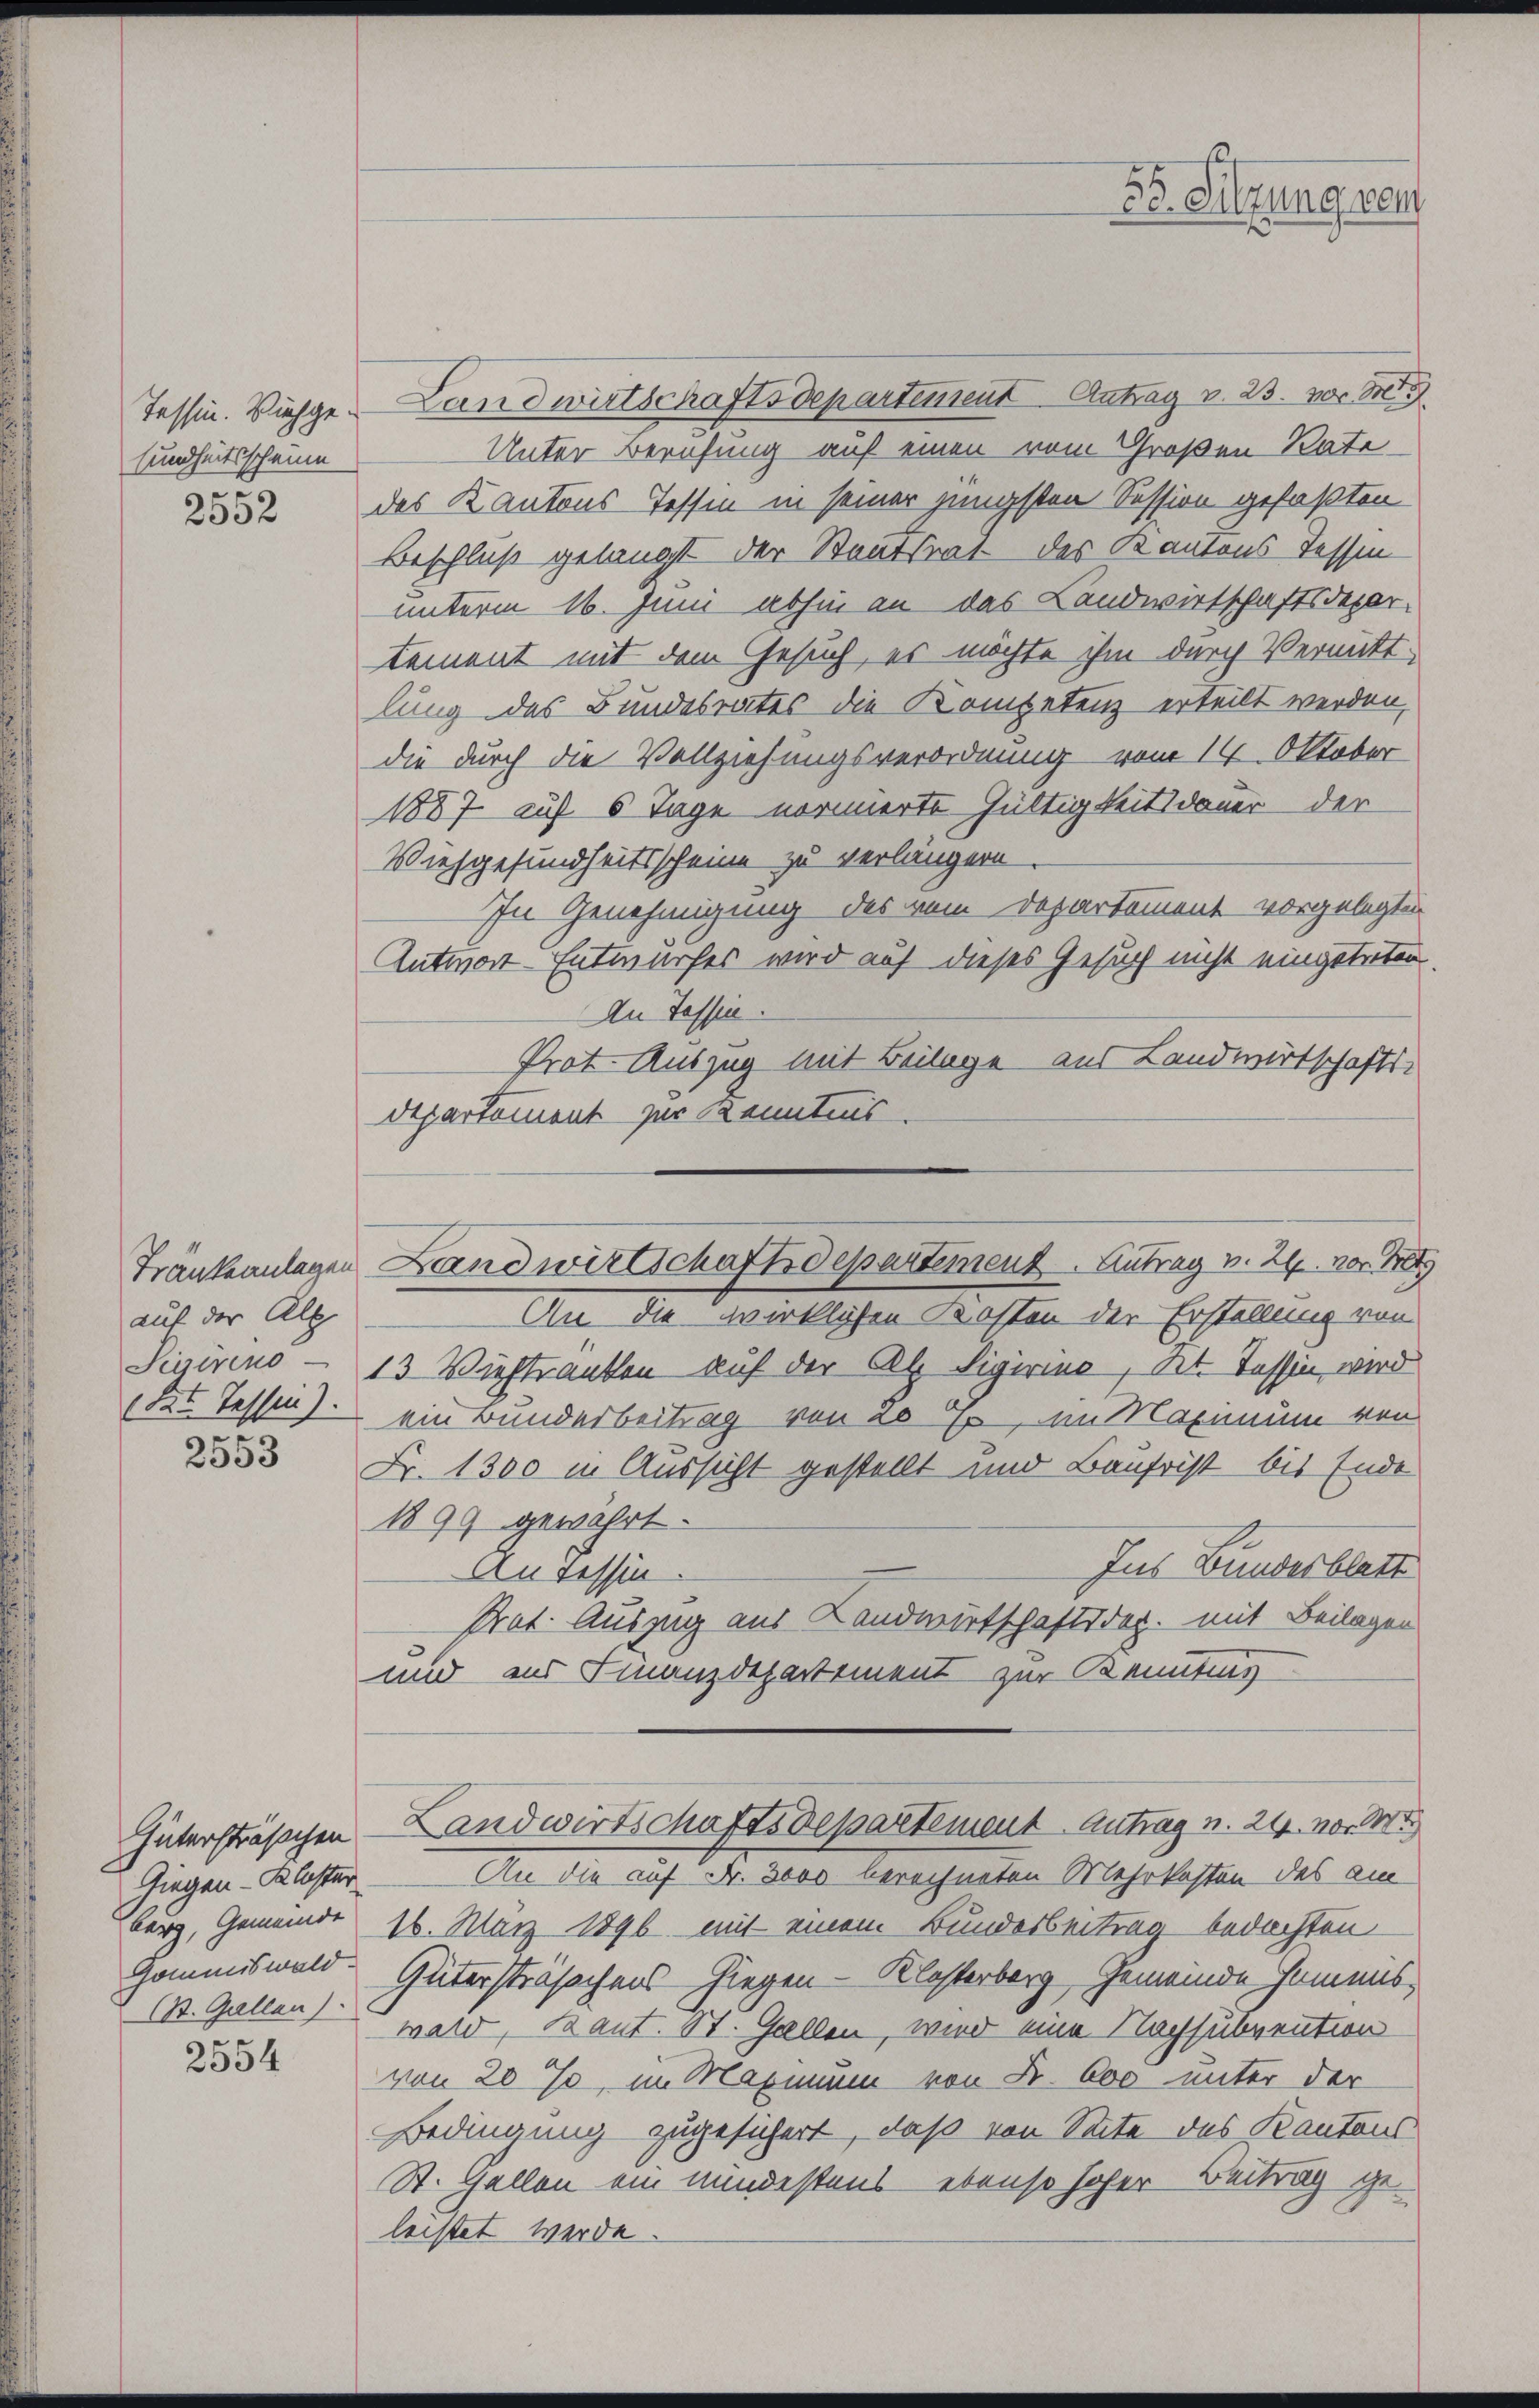
sundheitsscheine
2552

auf der All
Sigireno
Tat. Tassen).

2553

Gütersträßchen
Giegen-Kloster
Gommiswald.
(St. Gallen)

2554

Tessin. Viehge- Landwirtschaftsdepartensent Antrag v. 23. v.
Unter Berufung auf einen vom Großen Rate
des Kantons Tessin in seiner jüngsten Session gefaßten
Beschluß gelangt der Staatsrat des Kantons Tessin
unterm 16. Juni abhin an das Landwirtschaftsdepartement mit dem Gesuch, es möchte ihm durch Vermitt
lung des Bundesrates die Kompetenz erteilt werden,
die durch die Vollziehungsverordnung vom 14. Oktober
1887 auf 6 Tage normierte Gültigkeitsdauer der
Viehgesundheitsscheine zu verlängern
In Genehmigung des vom Departement vorgelegten
Antwort-Entwurfes wird auf dieses Gesuch nicht eingetreten.
An Tessin.
Prot. Auszug mit Beilage aus Landwirtschafts-
Departement zur Kenntnis.

An die wirklichen Kosten der Erstellung von
13 Viehtranken auf der Al Sigiring, Kt. Tessin wird
ein Bunderbeitrag von 20 E, im Maximum von
Fr. 1300 in Aussicht gestellt und Baufrist bis Ende
1899 gewährt.
Ins Bundesblatt
An Tessin.
Prat. Auszug aus Landwirtschaftsder. mit Beilagen
und ins Finanzdepartement zur Kenntung
Landwirtschaftsdepartement Antrag u. 24. vor M
An die auf Fr. 3000 berechneten Mehrkosten des am
burg, Gemeinde 16. März 1890 mit einem Bundesbeitrag bedachten
Gütersträsachens-Ziegen-Klosterberg, Gemeinde Homensward, Kant. St. Gallen, wird eine Nachsubvention
von 20 % in Maximum von Fr. 600 unter der
Bedingung zugesichert, daß von Seite des Kantons
St. Gallen ein mindestens ebenso hoher Beitrag geleistet werde.

Tränkeanlagen Landwirtschaftsdepartement. Antrag v. 24. vor Be

58. Sitzung ver